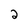
Character: 2